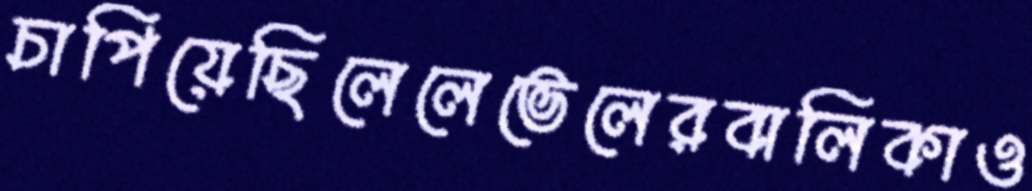
চাপিয়েছিলেলেভেলেরবালিকাও